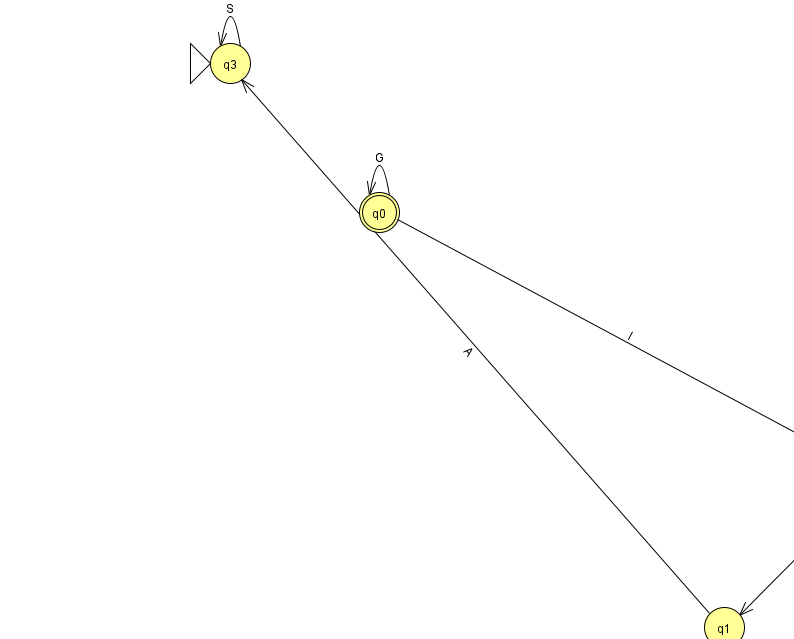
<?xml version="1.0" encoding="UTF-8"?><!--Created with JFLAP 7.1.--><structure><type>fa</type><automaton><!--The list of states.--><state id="0" name="q0"><x>379.0</x><y>199.0</y><final/></state><state id="1" name="q1"><x>724.0</x><y>614.0</y></state><state id="2" name="q2"><x>874.0</x><y>464.0</y></state><state id="3" name="q3"><x>230.0</x><y>50.0</y><initial/></state><!--The list of transitions.--><transition><from>1</from><to>3</to><read>A</read></transition><transition><from>3</from><to>3</to><read>S</read></transition><transition><from>0</from><to>0</to><read>G</read></transition><transition><from>2</from><to>1</to><read>D</read></transition><transition><from>0</from><to>2</to><read>l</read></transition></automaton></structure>